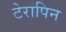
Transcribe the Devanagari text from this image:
टेरापिन